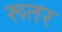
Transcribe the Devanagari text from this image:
रूतर